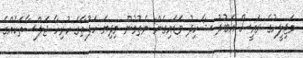
މަޖިލީހުގެ ރައީސް އަބުދު ޝާހިދު ވަޑައިގެން ނެތުމުން މިދިޔަ ހަފުތާގެ ހުރިހާ ޖަލްސާތަކެއްގެ